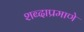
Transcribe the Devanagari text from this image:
शब्दाप्रमाणे